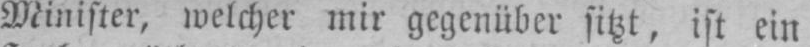
Minister, welcher mir gegenüber sitzt, ist ein